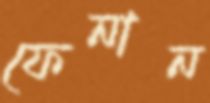
ফেনান